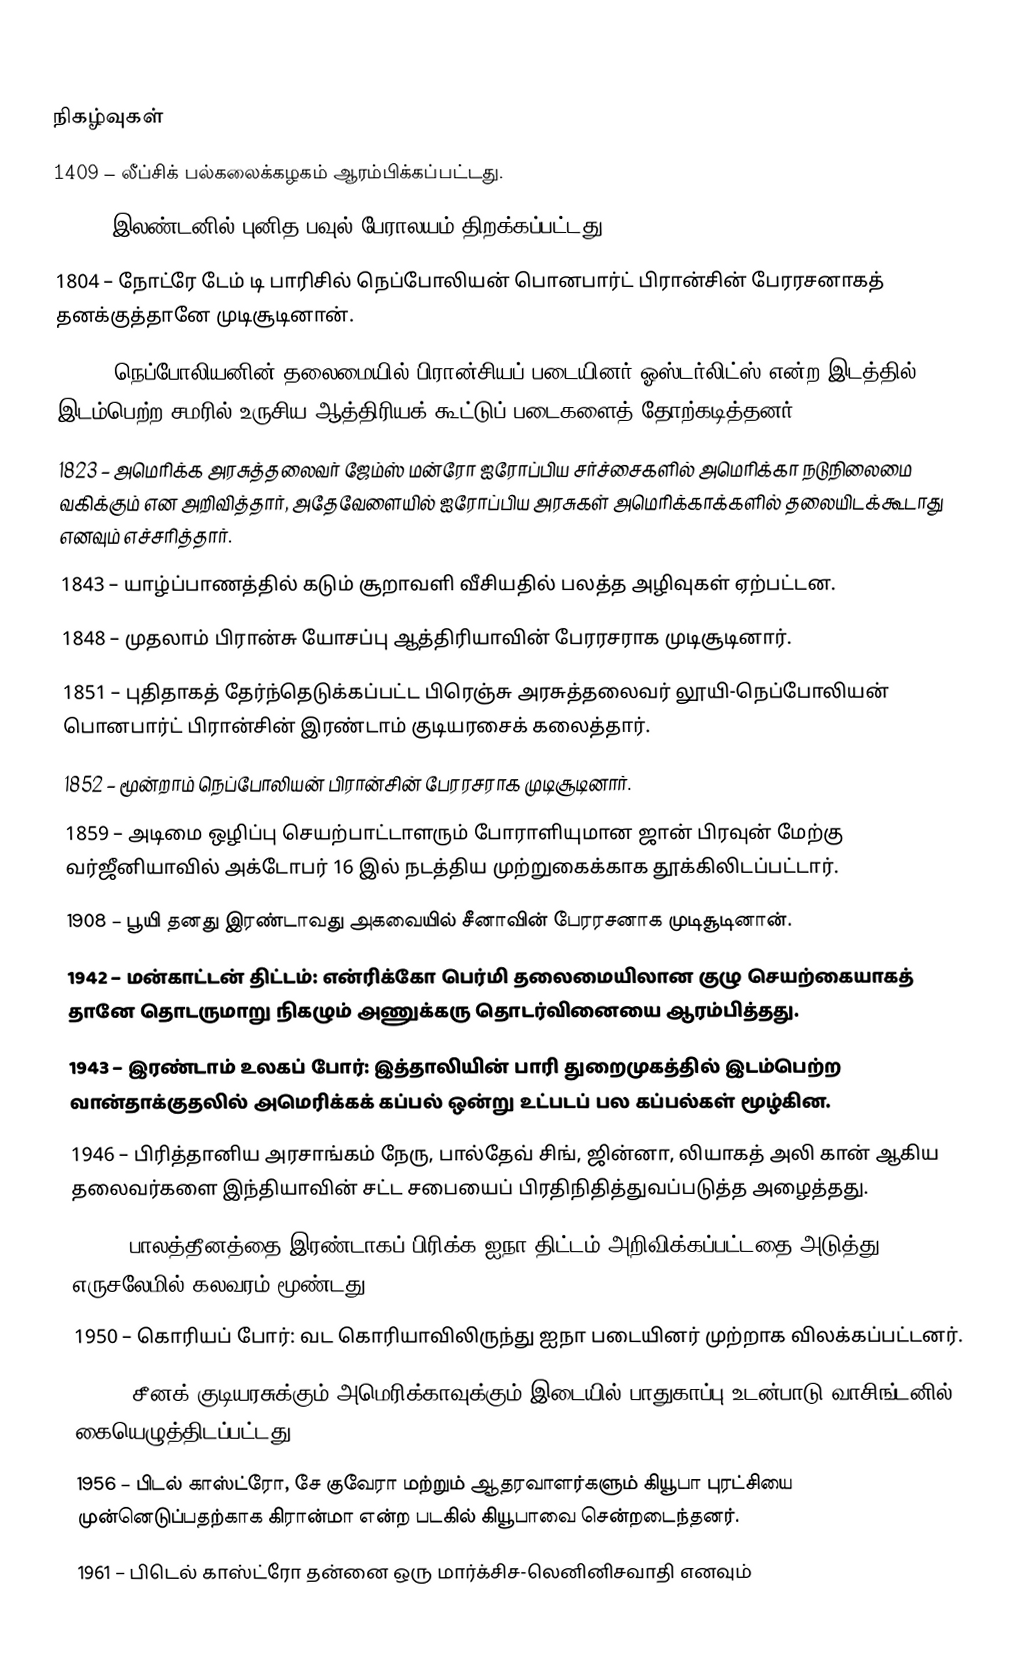

நிகழ்வுகள்
1409 – லீப்சிக் பல்கலைக்கழகம் ஆரம்பிக்கப்பட்டது.
1697 – இலண்டனில் புனித பவுல் பேராலயம் திறக்கப்பட்டது.
1804 – நோட்ரே டேம் டி பாரிசில் நெப்போலியன் பொனபார்ட் பிரான்சின் பேரரசனாகத் தனக்குத்தானே முடிசூடினான்.
1805 – நெப்போலியனின் தலைமையில் பிரான்சியப் படையினர் ஓஸ்டர்லிட்ஸ் என்ற இடத்தில் இடம்பெற்ற சமரில் உருசிய-ஆத்திரியக் கூட்டுப் படைகளைத் தோற்கடித்தனர்.
1823 – அமெரிக்க அரசுத்தலைவர் ஜேம்ஸ் மன்ரோ ஐரோப்பிய சர்ச்சைகளில் அமெரிக்கா நடுநிலைமை வகிக்கும் என அறிவித்தார், அதேவேளையில் ஐரோப்பிய அரசுகள் அமெரிக்காக்களில் தலையிடக்கூடாது எனவும் எச்சரித்தார்.
1843 – யாழ்ப்பாணத்தில் கடும் சூறாவளி வீசியதில் பலத்த அழிவுகள் ஏற்பட்டன.
1848 – முதலாம் பிரான்சு யோசப்பு ஆத்திரியாவின் பேரரசராக முடிசூடினார்.
1851 – புதிதாகத் தேர்ந்தெடுக்கப்பட்ட பிரெஞ்சு அரசுத்தலைவர் லூயி-நெப்போலியன் பொனபார்ட் பிரான்சின் இரண்டாம் குடியரசைக் கலைத்தார்.
1852 – மூன்றாம் நெப்போலியன் பிரான்சின் பேரரசராக முடிசூடினார்.
1859 – அடிமை ஒழிப்பு செயற்பாட்டாளரும் போராளியுமான ஜான் பிரவுன் மேற்கு வர்ஜீனியாவில் அக்டோபர் 16 இல் நடத்திய முற்றுகைக்காக தூக்கிலிடப்பட்டார்.
1908 – பூயி தனது இரண்டாவது அகவையில் சீனாவின் பேரரசனாக முடிசூடினான்.
1942 – மன்காட்டன் திட்டம்: என்ரிக்கோ பெர்மி தலைமையிலான குழு செயற்கையாகத் தானே தொடருமாறு நிகழும் அணுக்கரு தொடர்வினையை ஆரம்பித்தது.
1943 – இரண்டாம் உலகப் போர்: இத்தாலியின் பாரி துறைமுகத்தில் இடம்பெற்ற வான்தாக்குதலில் அமெரிக்கக் கப்பல் ஒன்று உட்படப் பல கப்பல்கள் மூழ்கின.
1946 – பிரித்தானிய அரசாங்கம் நேரு, பால்தேவ் சிங், ஜின்னா, லியாகத் அலி கான் ஆகிய தலைவர்களை இந்தியாவின் சட்ட சபையைப் பிரதிநிதித்துவப்படுத்த அழைத்தது.
1947 – பாலத்தீனத்தை இரண்டாகப் பிரிக்க ஐநா திட்டம் அறிவிக்கப்பட்டதை அடுத்து எருசலேமில் கலவரம் மூண்டது.
1950 – கொரியப் போர்: வட கொரியாவிலிருந்து ஐநா படையினர் முற்றாக விலக்கப்பட்டனர்.
1954 – சீனக் குடியரசுக்கும் அமெரிக்காவுக்கும் இடையில் பாதுகாப்பு உடன்பாடு வாசிங்டனில் கையெழுத்திடப்பட்டது.
1956 – பிடல் காஸ்ட்ரோ, சே குவேரா மற்றும் ஆதரவாளர்களும் கியூபா புரட்சியை முன்னெடுப்பதற்காக கிரான்மா என்ற படகில் கியூபாவை சென்றடைந்தனர்.
1961 – பிடெல் காஸ்ட்ரோ தன்னை ஒரு மார்க்சிச-லெனினிசவாதி எனவும்